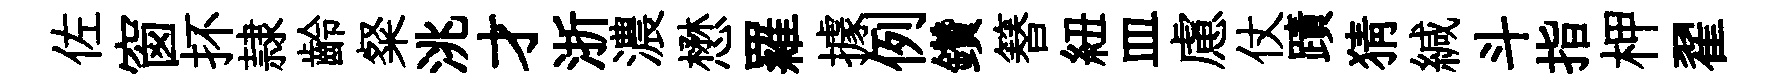
佐窗抔隷齡粲洮才浙濃懋羅據例鑽簮紐皿慮仗蹟猜緘斗指柙翟